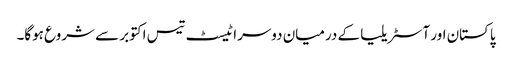
پاکستان اور آسٹریلیا کے درمیان دوسرا ٹیسٹ تیس اکتوبر سے شروع ہوگا۔